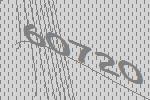
60720